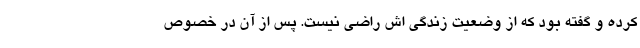
کرده و گفته بود که از وضعیت زندگی ‌اش راضی نیست. پس از آن در خصوص